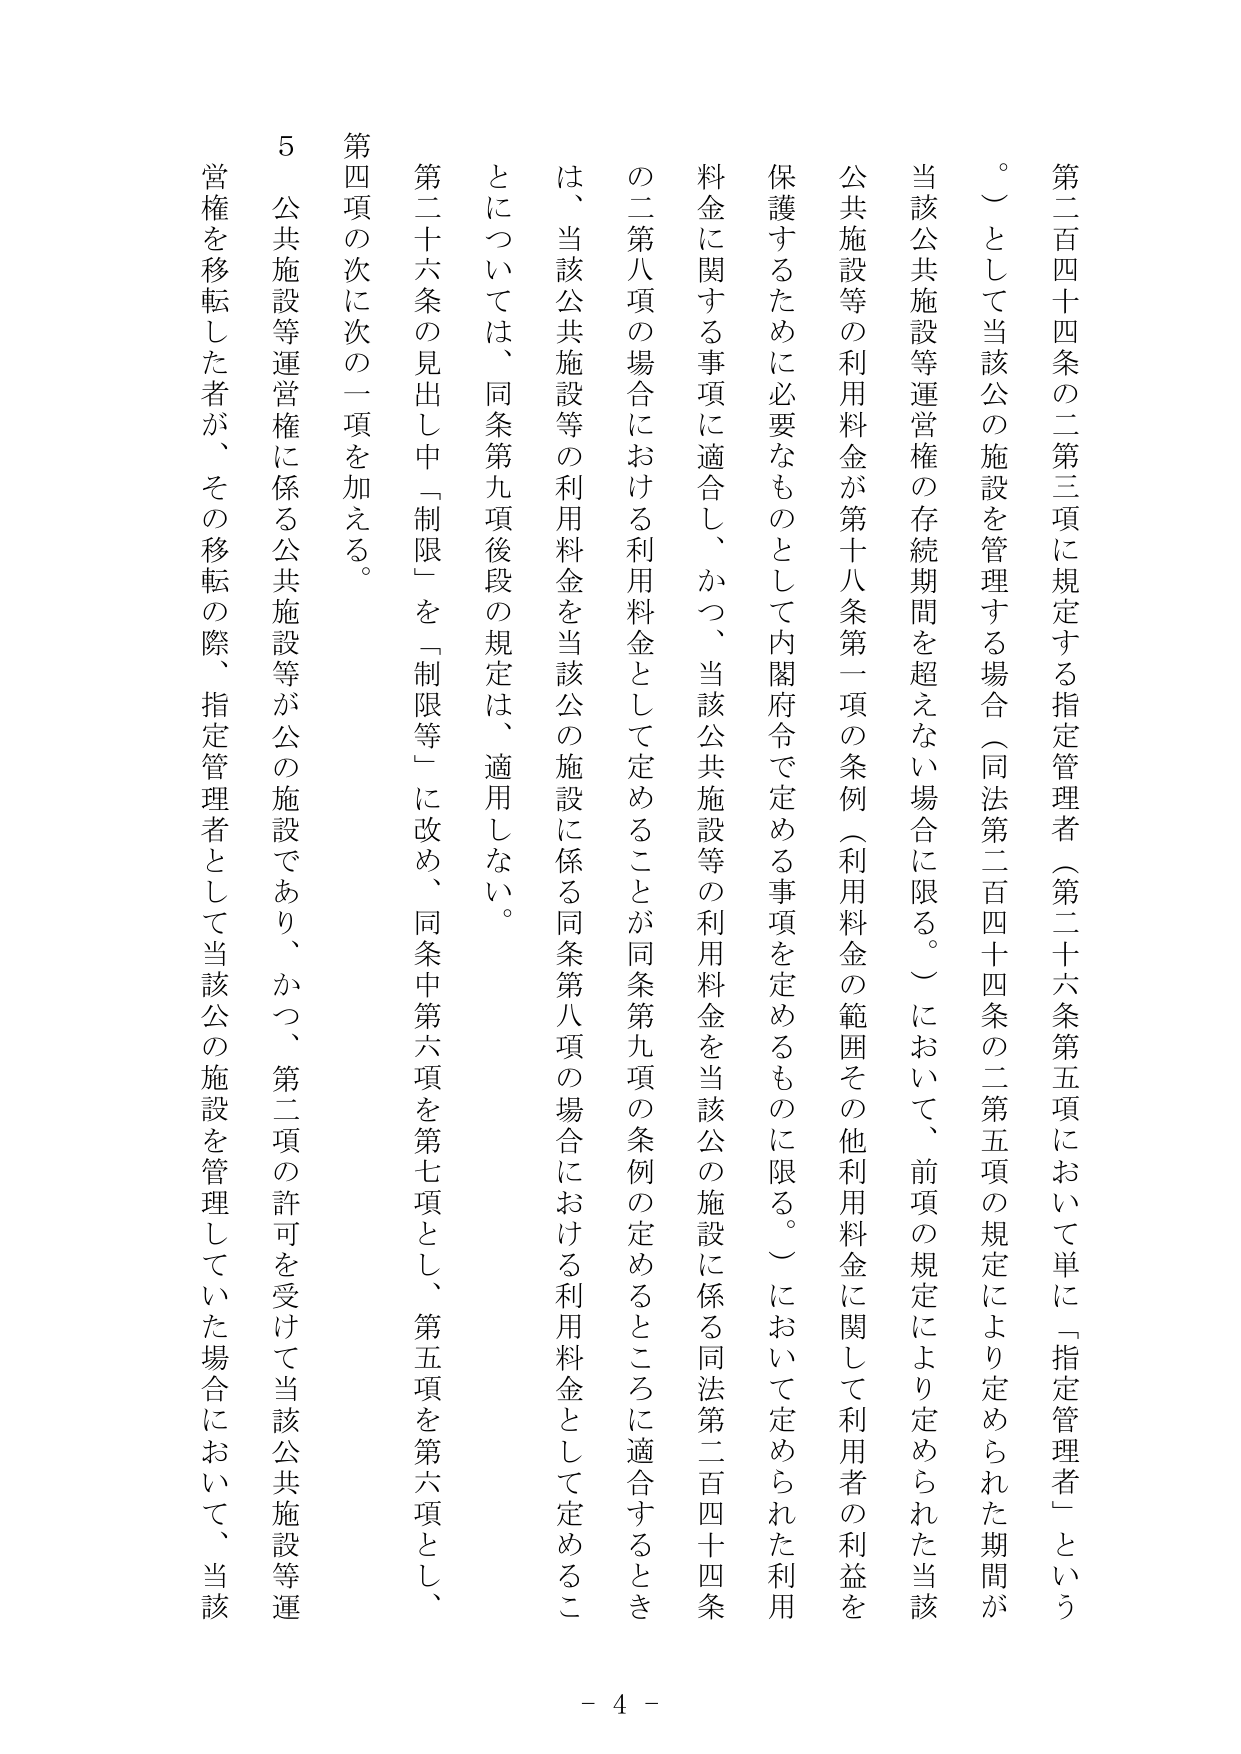
第二百四十四条の二第三項に規定する指定管理者（第二十六条第五項において単に「指定管理者」という。）として当該公の施設を管理する場合（同法第二百四十四条の二第五項の規定により定められた期間が当該公共施設等運営権の存続期間を超えない場合に限る。）において、前項の規定により定められた当該公共施設等の利用料金が第十八条第一項の条例（利用料金の範囲その他利用料金に関して利用者の利益を保護するために必要なものとして内閣府令で定める事項を定めるものに限る。）において定められた利用料金に関する事項に適合し、かつ、当該公共施設等の利用料金を当該公の施設に係る同法第二百四十四条の二第八項の場合における利用料金として定めることが同条第九項の条例の定めるところに適合するときは、当該公共施設等の利用料金を当該公の施設に係る同条第八項の場合における利用料金として定めるこ とについては、同条第九項後段の規定は、適用しない。

第二十六条の見出し中「制限」を「制限等」に改め、同条中第六項を第七項とし、第五項を第六項とし、第四項の次に次の一項を加える。

５ 公共施設等運営権に係る公共施設等が公の施設であり、かつ、第二項の許可を受けて当該公共施設等運営権を移転した者が、その移転の際、指定管理者として当該公の施設を管理していた場合において、当該

- 4 -